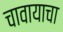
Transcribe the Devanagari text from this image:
चावायाचा